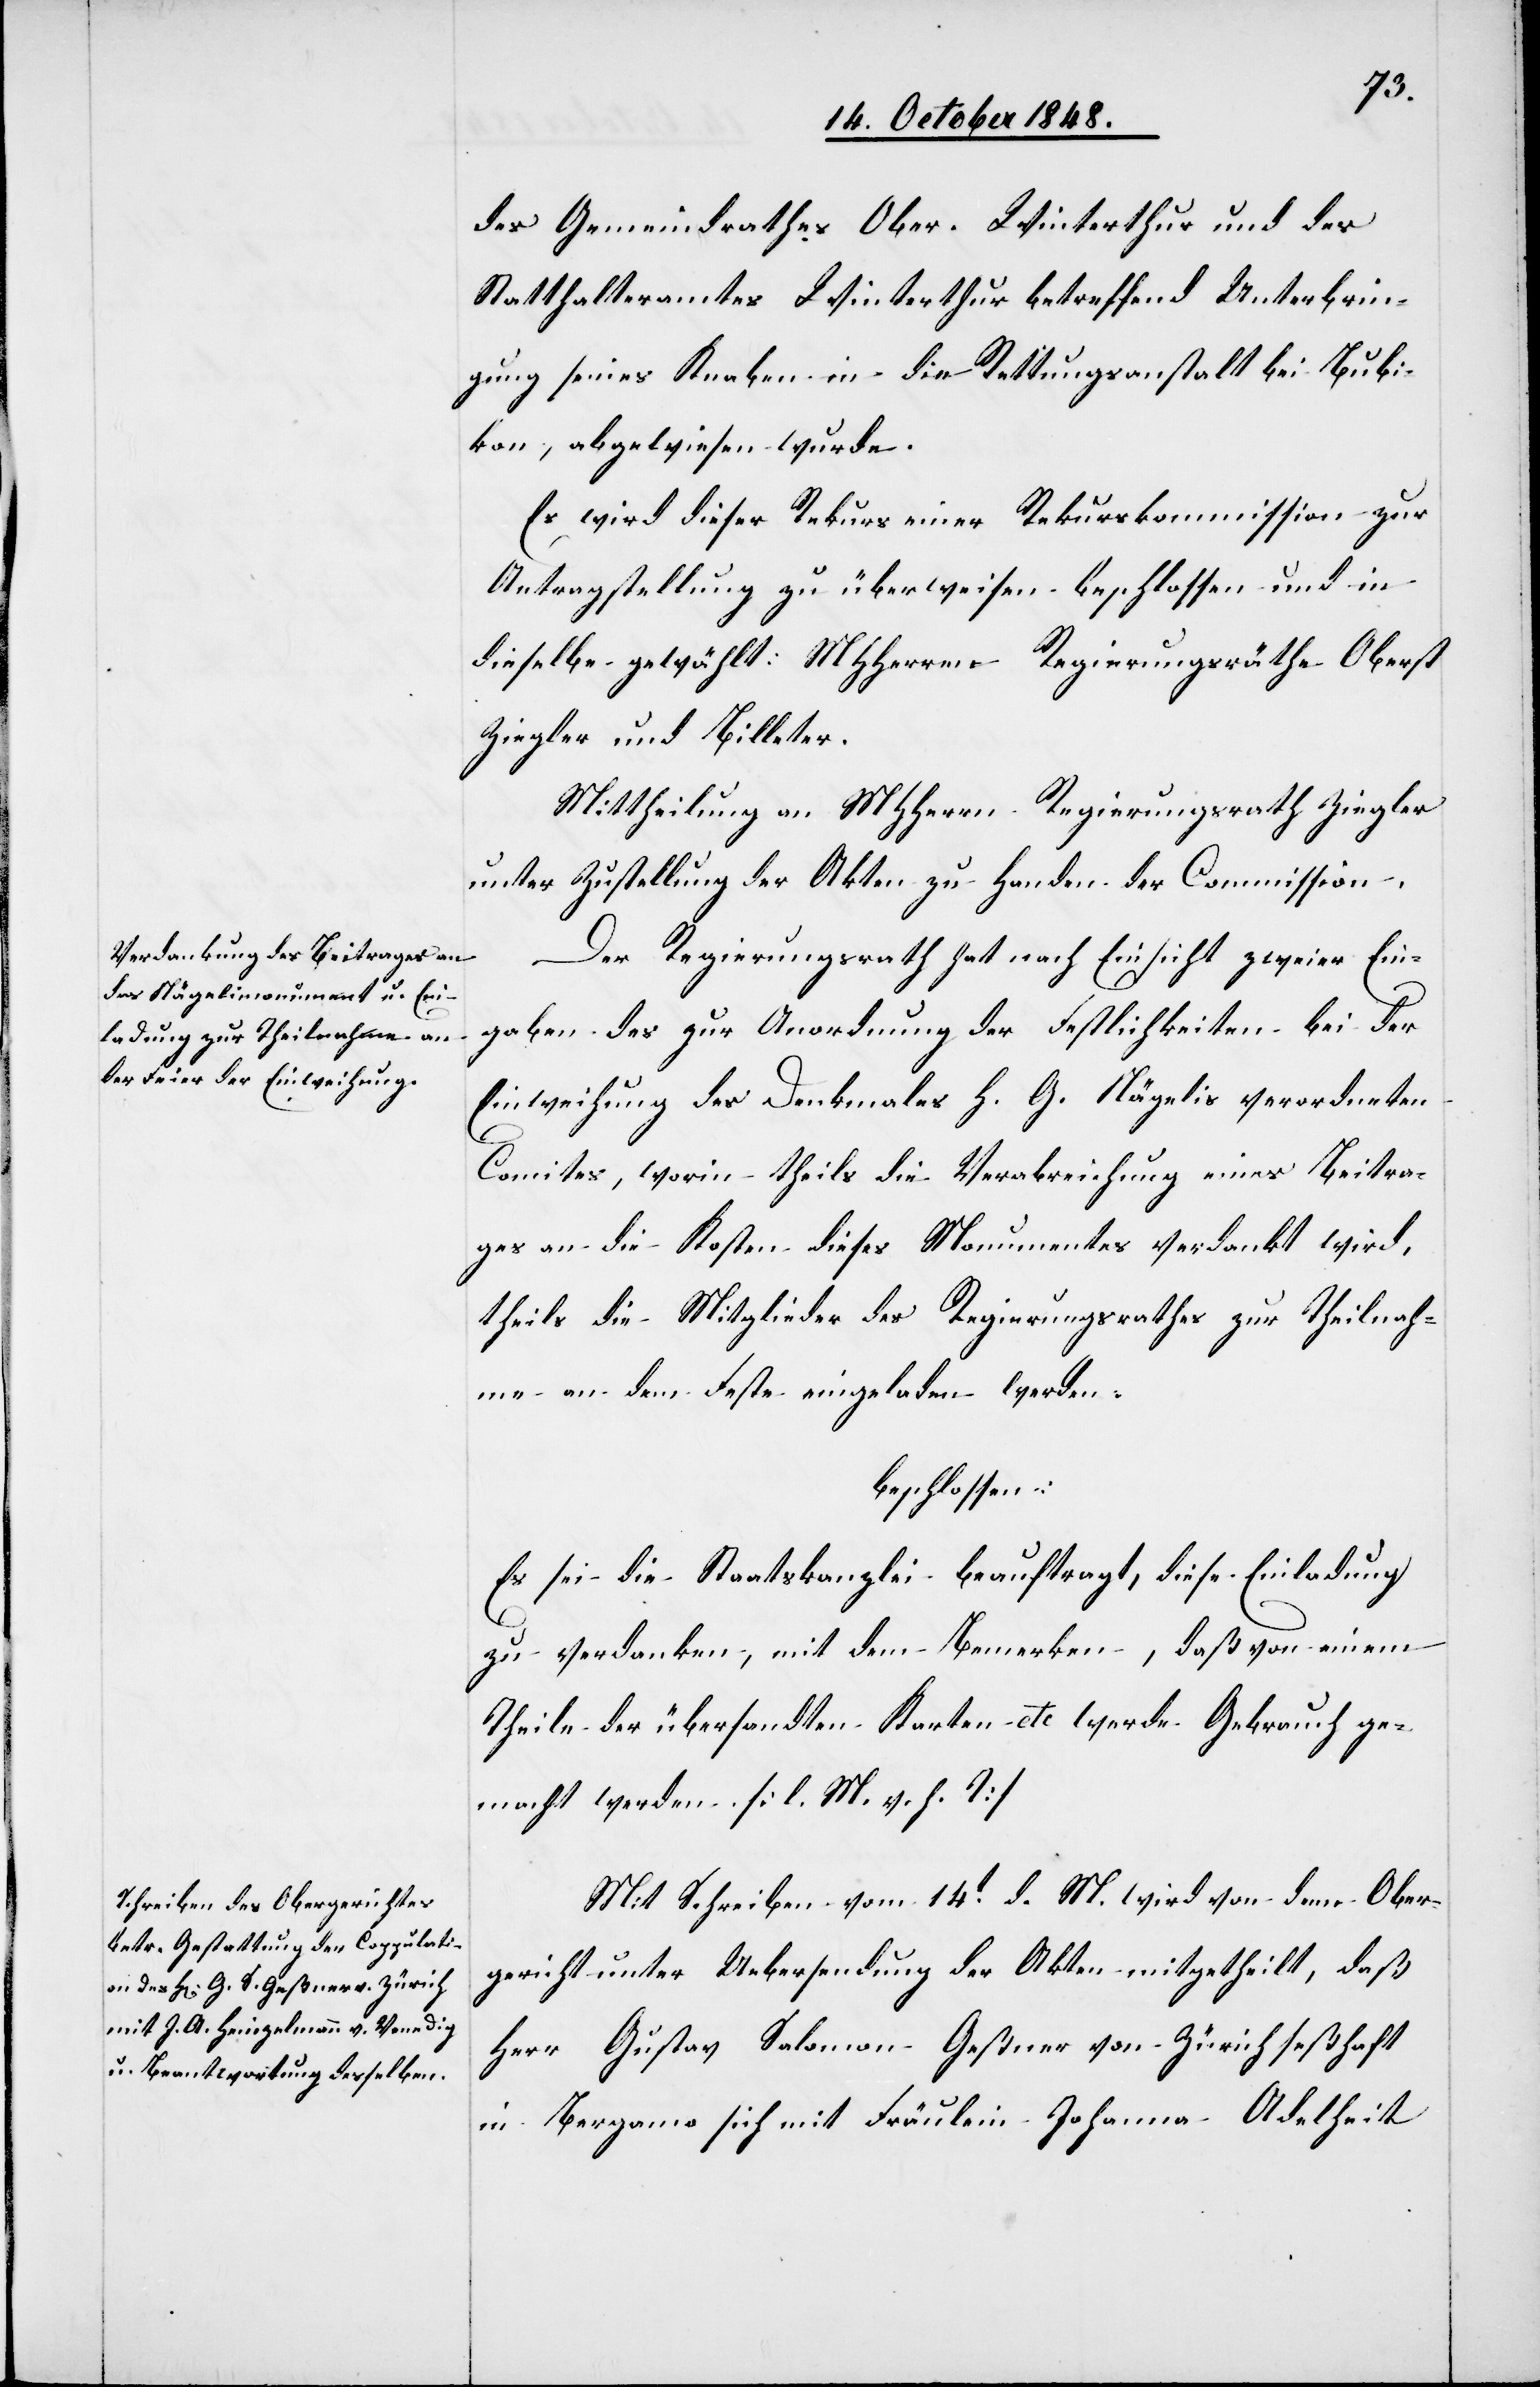
des Gemeindrathes Ober-Winterthur und des
Statthalteramtes Winterthur betreffend Unterbrin¬
gung seines Knaben in die Rettungsanstalt bei Bubi¬
kon, abgewiesen wurde.
Es wird dieser Rekurs einer Rekurskommission zur
Antragstellung zu überweisen beschlossen und in
dieselbe gewählt: MHHerrn Regierungsräthe Oberst
Ziegler und Billeter.
Mittheilung an MHHerrn Regierungsrath Ziegler
unter Zustellung der Akten zu Handen der Commission.
Der Regierungsrath hat nach Einsicht zweier Ein¬
gaben des zur Anordnung der Festlichkeiten bei der
Einweihung des Denkmales H. G. Nägelis verordneten
Comites, worin theils die Verabreichung eines Beitra¬
ges an die Kosten dieses Monumentes verdankt wird,
theils die Mitglieder des Regierungsrathes zur Theilnah¬
me an dem Feste eingeladen werden.
beschlossen:
Es sei die Staatskanzlei beauftragt, diese Einladung
zu verdanken, mit dem Bemerken, daß von einem
Theile der übersandten Karten etc. werde Gebrauch ge¬
macht werden. [l. M. v. h. T]
Mit Schreiben vom 14t d. M. wird von dem Ober¬
gericht unter Uebersendung der Akten mitgetheilt, daß
Herr Gustav Salomon Geßner von Zürich seßhaft
in Bergamo sich mit Fräulein Johanna Adelheit